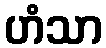
ဟံသာ